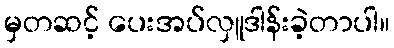
မှတဆင့် ပေးအပ်လှူဒါန်းခဲ့တာပါ။